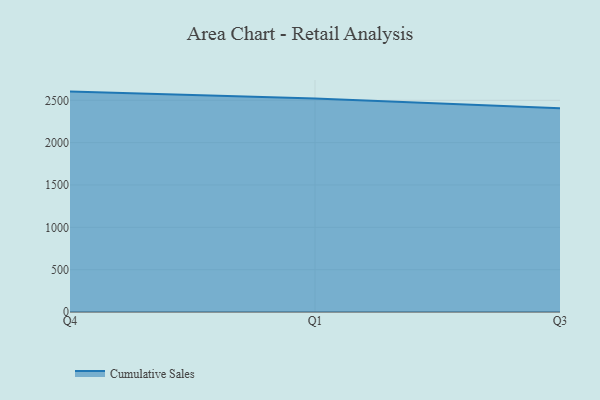
{"axis": {"x": "Quarter", "y": "Temperature (°C)"}, "legend": ["Cumulative Sales"], "data": [{"x": "Q4", "y": 2602.8, "type": "Cumulative Sales"}, {"x": "Q1", "y": 2522.3, "type": "Cumulative Sales"}, {"x": "Q3", "y": 2407.1, "type": "Cumulative Sales"}]}